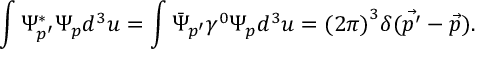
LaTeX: \int \Psi _ { p ^ { \prime } } ^ { * } \Psi _ { p } d ^ { 3 } u = \int { \bar { \Psi } } _ { p ^ { \prime } } \gamma ^ { 0 } \Psi _ { p } d ^ { 3 } u = { ( 2 \pi ) } ^ { 3 } \delta ( \vec { p ^ { \prime } } - \vec { p } ) .